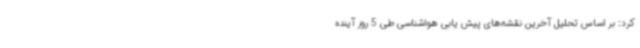
کرد: بر اساس تحلیل آخرین نقشه‌های پیش یابی هواشناسی طی 5 روز آینده